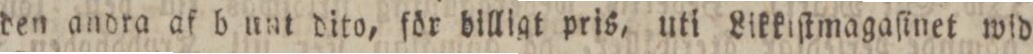
den andra af b unt dito, för billigt pris, uti Likkiſtmagaſinet wid